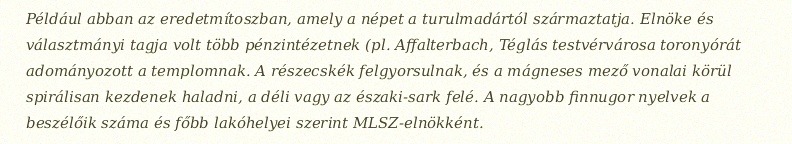
Például abban az eredetmítoszban, amely a népet a turulmadártól származtatja. Elnöke és választmányi tagja volt több pénzintézetnek (pl. Affalterbach, Téglás testvérvárosa toronyórát adományozott a templomnak. A részecskék felgyorsulnak, és a mágneses mező vonalai körül spirálisan kezdenek haladni, a déli vagy az északi-sark felé. A nagyobb finnugor nyelvek a beszélőik száma és főbb lakóhelyei szerint MLSZ-elnökként.